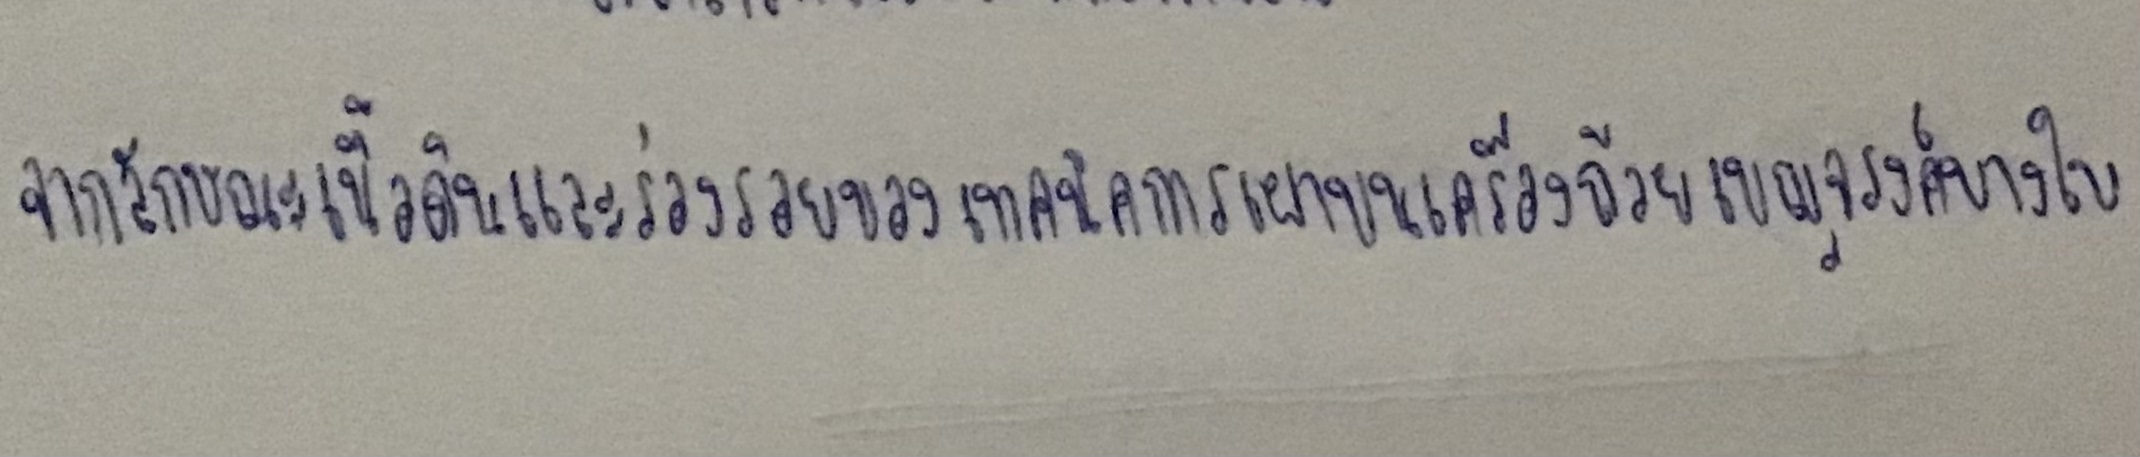
จากลักษณะเนื้อดินและร่องรอยของเทคนิคการเผาบนเครื่องถ้วยเบญจรงค์บางใบ